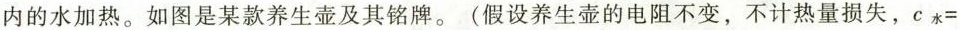
内的水加热。如图是某款养生壶及其铭牌。(假设养生壶的电阻不变，不计热量损失，c_{水}